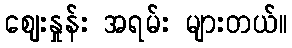
ဈေးနှုန်း အရမ်း များတယ်။